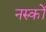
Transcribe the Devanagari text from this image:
नरुकों